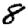
Digit: 8